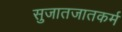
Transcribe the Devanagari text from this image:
सुजातजातकर्म